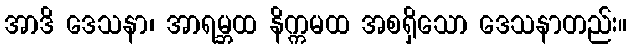
အာဒိ ဒေသနာ၊ အာရမ္ဘထ နိက္ကမထ အစရှိသော ဒေသနာတည်း။